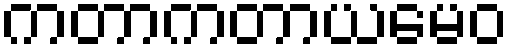
ကတာကတာယမေဝ